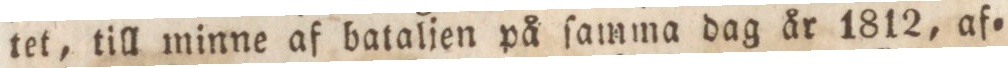
tet, till minne af bataljen på ſamma dag år 1812, af=